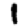
Digit: 1